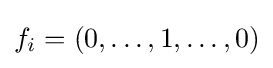
f_{i}=(0,\ldots ,1,\ldots ,0)